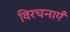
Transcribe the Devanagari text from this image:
विरचनाएँ